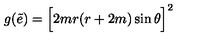
g ( \tilde { e } ) = \Big [ 2 m r ( r + 2 m ) \sin \theta \Big ] ^ { 2 }